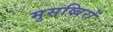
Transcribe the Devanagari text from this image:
मुसव्बिरों